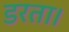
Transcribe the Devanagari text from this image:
डरता।